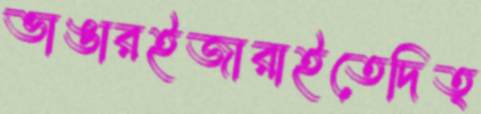
ভাঙারইজারাইতেদিত্